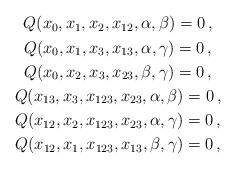
LaTeX: \begin{align*}\begin{gathered}Q(x_0,x_1,x_2,x_{12},\alpha,\beta)=0\,, \\Q(x_0,x_1,x_3,x_{13},\alpha,\gamma)=0\,, \\Q(x_0,x_2,x_3,x_{23},\beta,\gamma)=0\,, \\Q(x_{13},x_3,x_{123},x_{23},\alpha,\beta)=0\,, \\Q(x_{12},x_2,x_{123},x_{23},\alpha,\gamma)=0\,, \\Q(x_{12},x_1,x_{123},x_{13},\beta,\gamma)=0\,, \end{gathered}\end{align*}